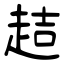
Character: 趌